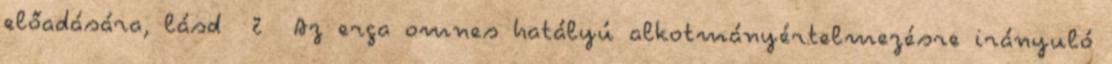
előadására, lásd 2 Az erga omnes hatályú alkotmányértelmezésre irányuló